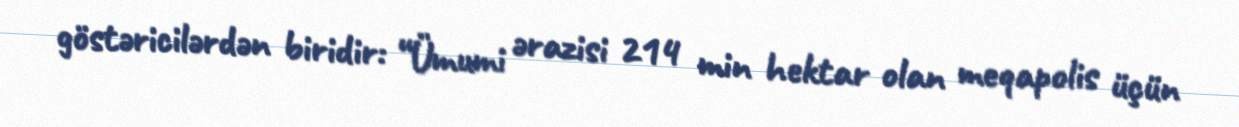
göstəricilərdən biridir: “Ümumi ərazisi 214 min hektar olan meqapolis üçün